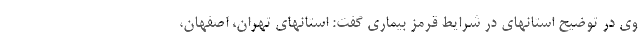
وی در توضیح استانهای در شرایط قرمز بیماری گفت: استانهای تهران، اصفهان،